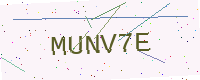
Text: MUNV7E